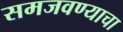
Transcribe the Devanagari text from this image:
समजवण्याचा